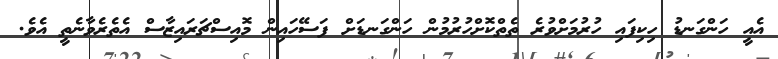
އެއީ ހަންގަނޑު ހިކިފައި ހުރުމަށްވުރެ ތެތްކޮށްހުރުމުން ހަންގަނޑަށް ފަސޭހައިން މޮއިސްޗަރައިޒާސް އެތެރެވާނެތީ އެވެ.